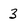
Character: 3